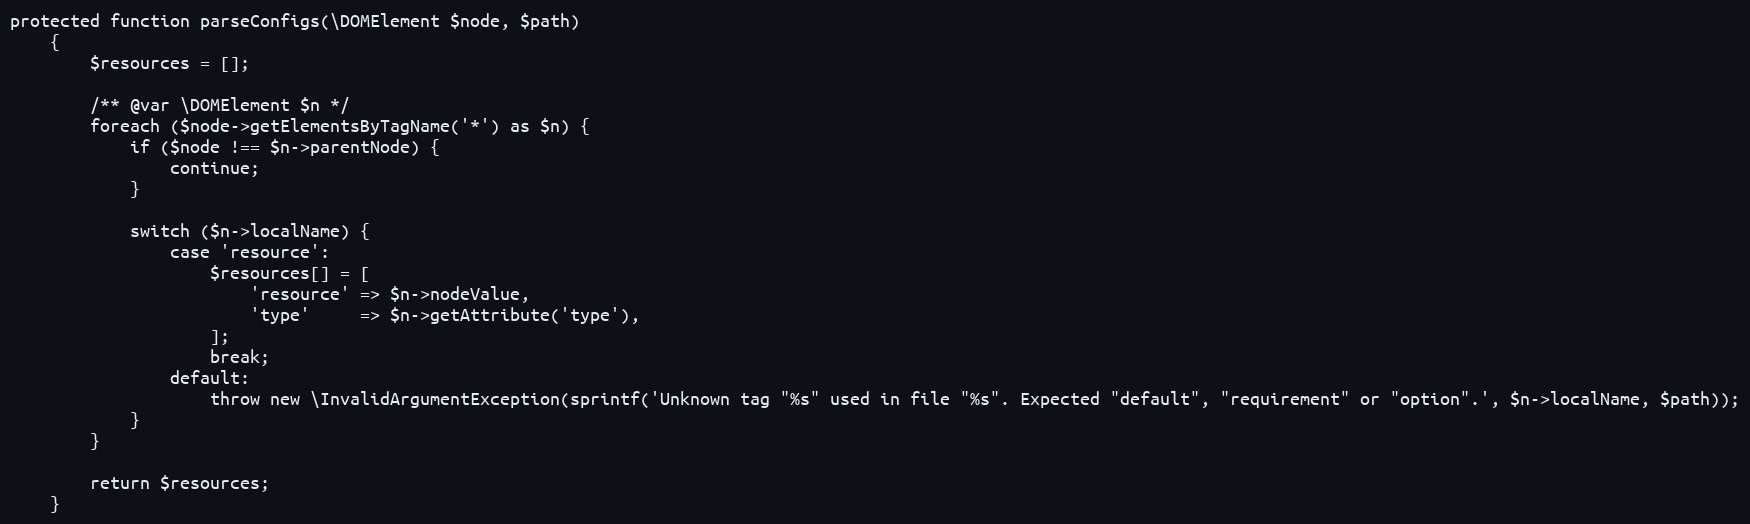
Language: PHP
protected function parseConfigs(\DOMElement $node, $path)
    {
        $resources = [];

        /** @var \DOMElement $n */
        foreach ($node->getElementsByTagName('*') as $n) {
            if ($node !== $n->parentNode) {
                continue;
            }

            switch ($n->localName) {
                case 'resource':
                    $resources[] = [
                        'resource' => $n->nodeValue,
                        'type'     => $n->getAttribute('type'),
                    ];
                    break;
                default:
                    throw new \InvalidArgumentException(sprintf('Unknown tag "%s" used in file "%s". Expected "default", "requirement" or "option".', $n->localName, $path));
            }
        }

        return $resources;
    }